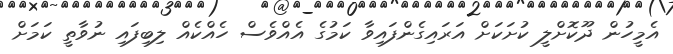
އެމީހުން ދޫކޮށްލީ ކުށަކަށް އަރައިގެންފައިވާ ކަމުގެ އެއްވެސް ހެއްކެއް ލިބިފައި ނުވާތީ ކަމަށް